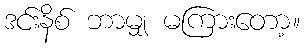
ဒင်းနိစ် ဘာမျှ မကြားတော့။